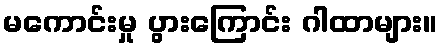
မကောင်းမှု ပွားကြောင်း ဂါထာများ။